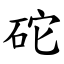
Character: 砣